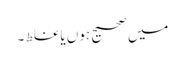
میں صحیح ہوں یا غلط ۔